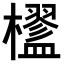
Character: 𣟇